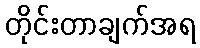
တိုင်းတာချက်အရ